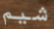
شيم